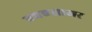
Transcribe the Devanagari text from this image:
एचएसाअर